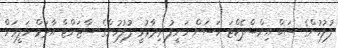
ފުލުހުންގެ ސަބް އިންސްޕެކްޓަ ހަސަން ހަނީފު ވިދާޅުވީ ފުލުހުންގެ ސާޖަންޓް އާދަމް ހަލީމަށް